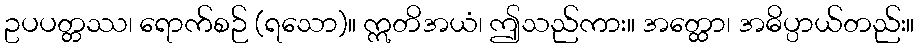
ဥပပတ္တဿ၊ ရောက်စဉ် (ရသော)။ ဣတိအယံ၊ ဤသည်ကား။ အတ္ထော၊ အဓိပ္ပာယ်တည်း။